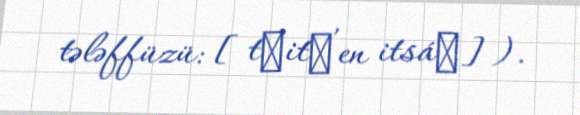
tələffüzü: [tʃitʃʼen itsáʔ]).